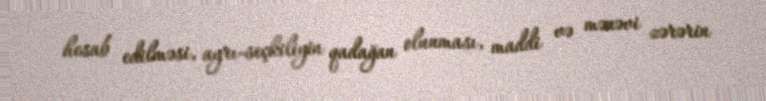
hesab edilməsi, ayrı-seçkiliyin qadağan olunması, maddi və mənəvi zərərin